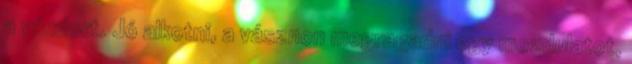
a vándort. Jó alkotni, a vásznon megragadni egy mozdulatot,